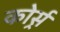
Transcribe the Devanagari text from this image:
कोर्र्स